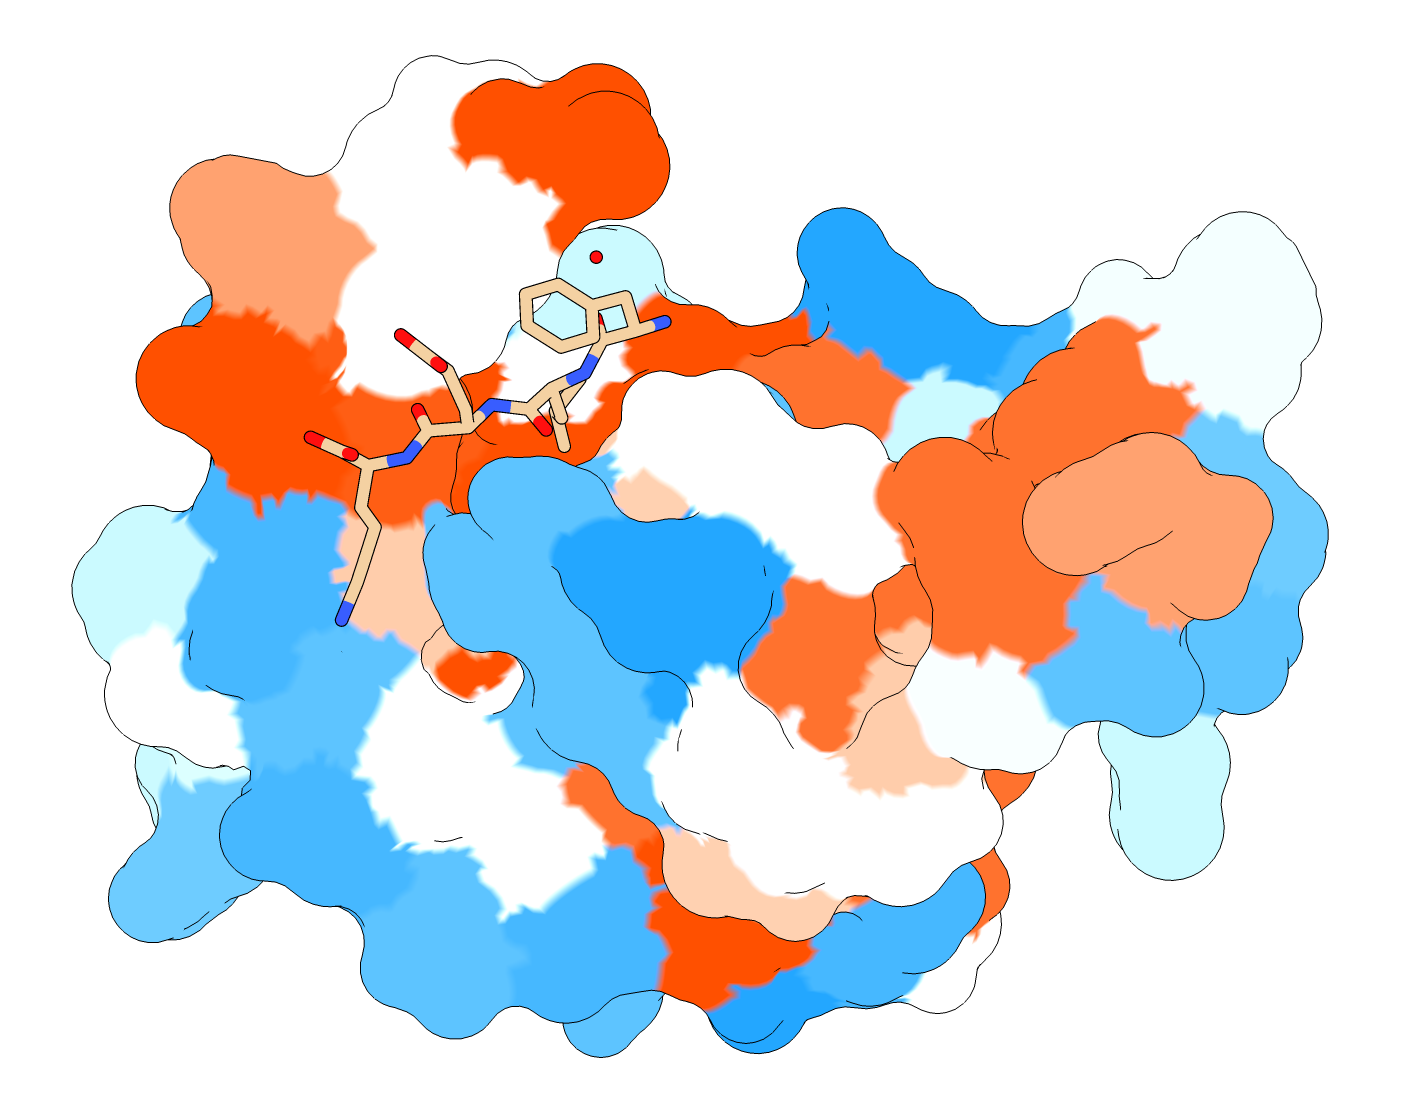
chimera, hydrophobicity surface, silhouette